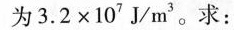
为$$3 . 2 \times 1 0 ^ { 7 } J / m ^ { 3 }$$。求：